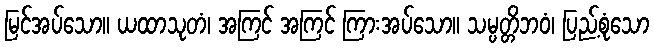
မြင်အပ်သော။ ယထာသုတံ၊ အကြင် အကြင် ကြားအပ်သော။ သမ္ပတ္တိဘဝံ၊ ပြည့်စုံသော